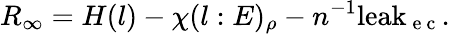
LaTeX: R_{\infty}=H(l)-\chi(l:E)_{\rho}-n^{-1}\mathrm{leak}_{\mathrm{~e~c~}}.